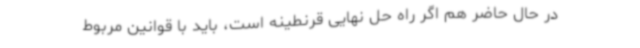
در حال حاضر هم اگر راه حل نهایی قرنطینه است، باید با قوانین مربوط